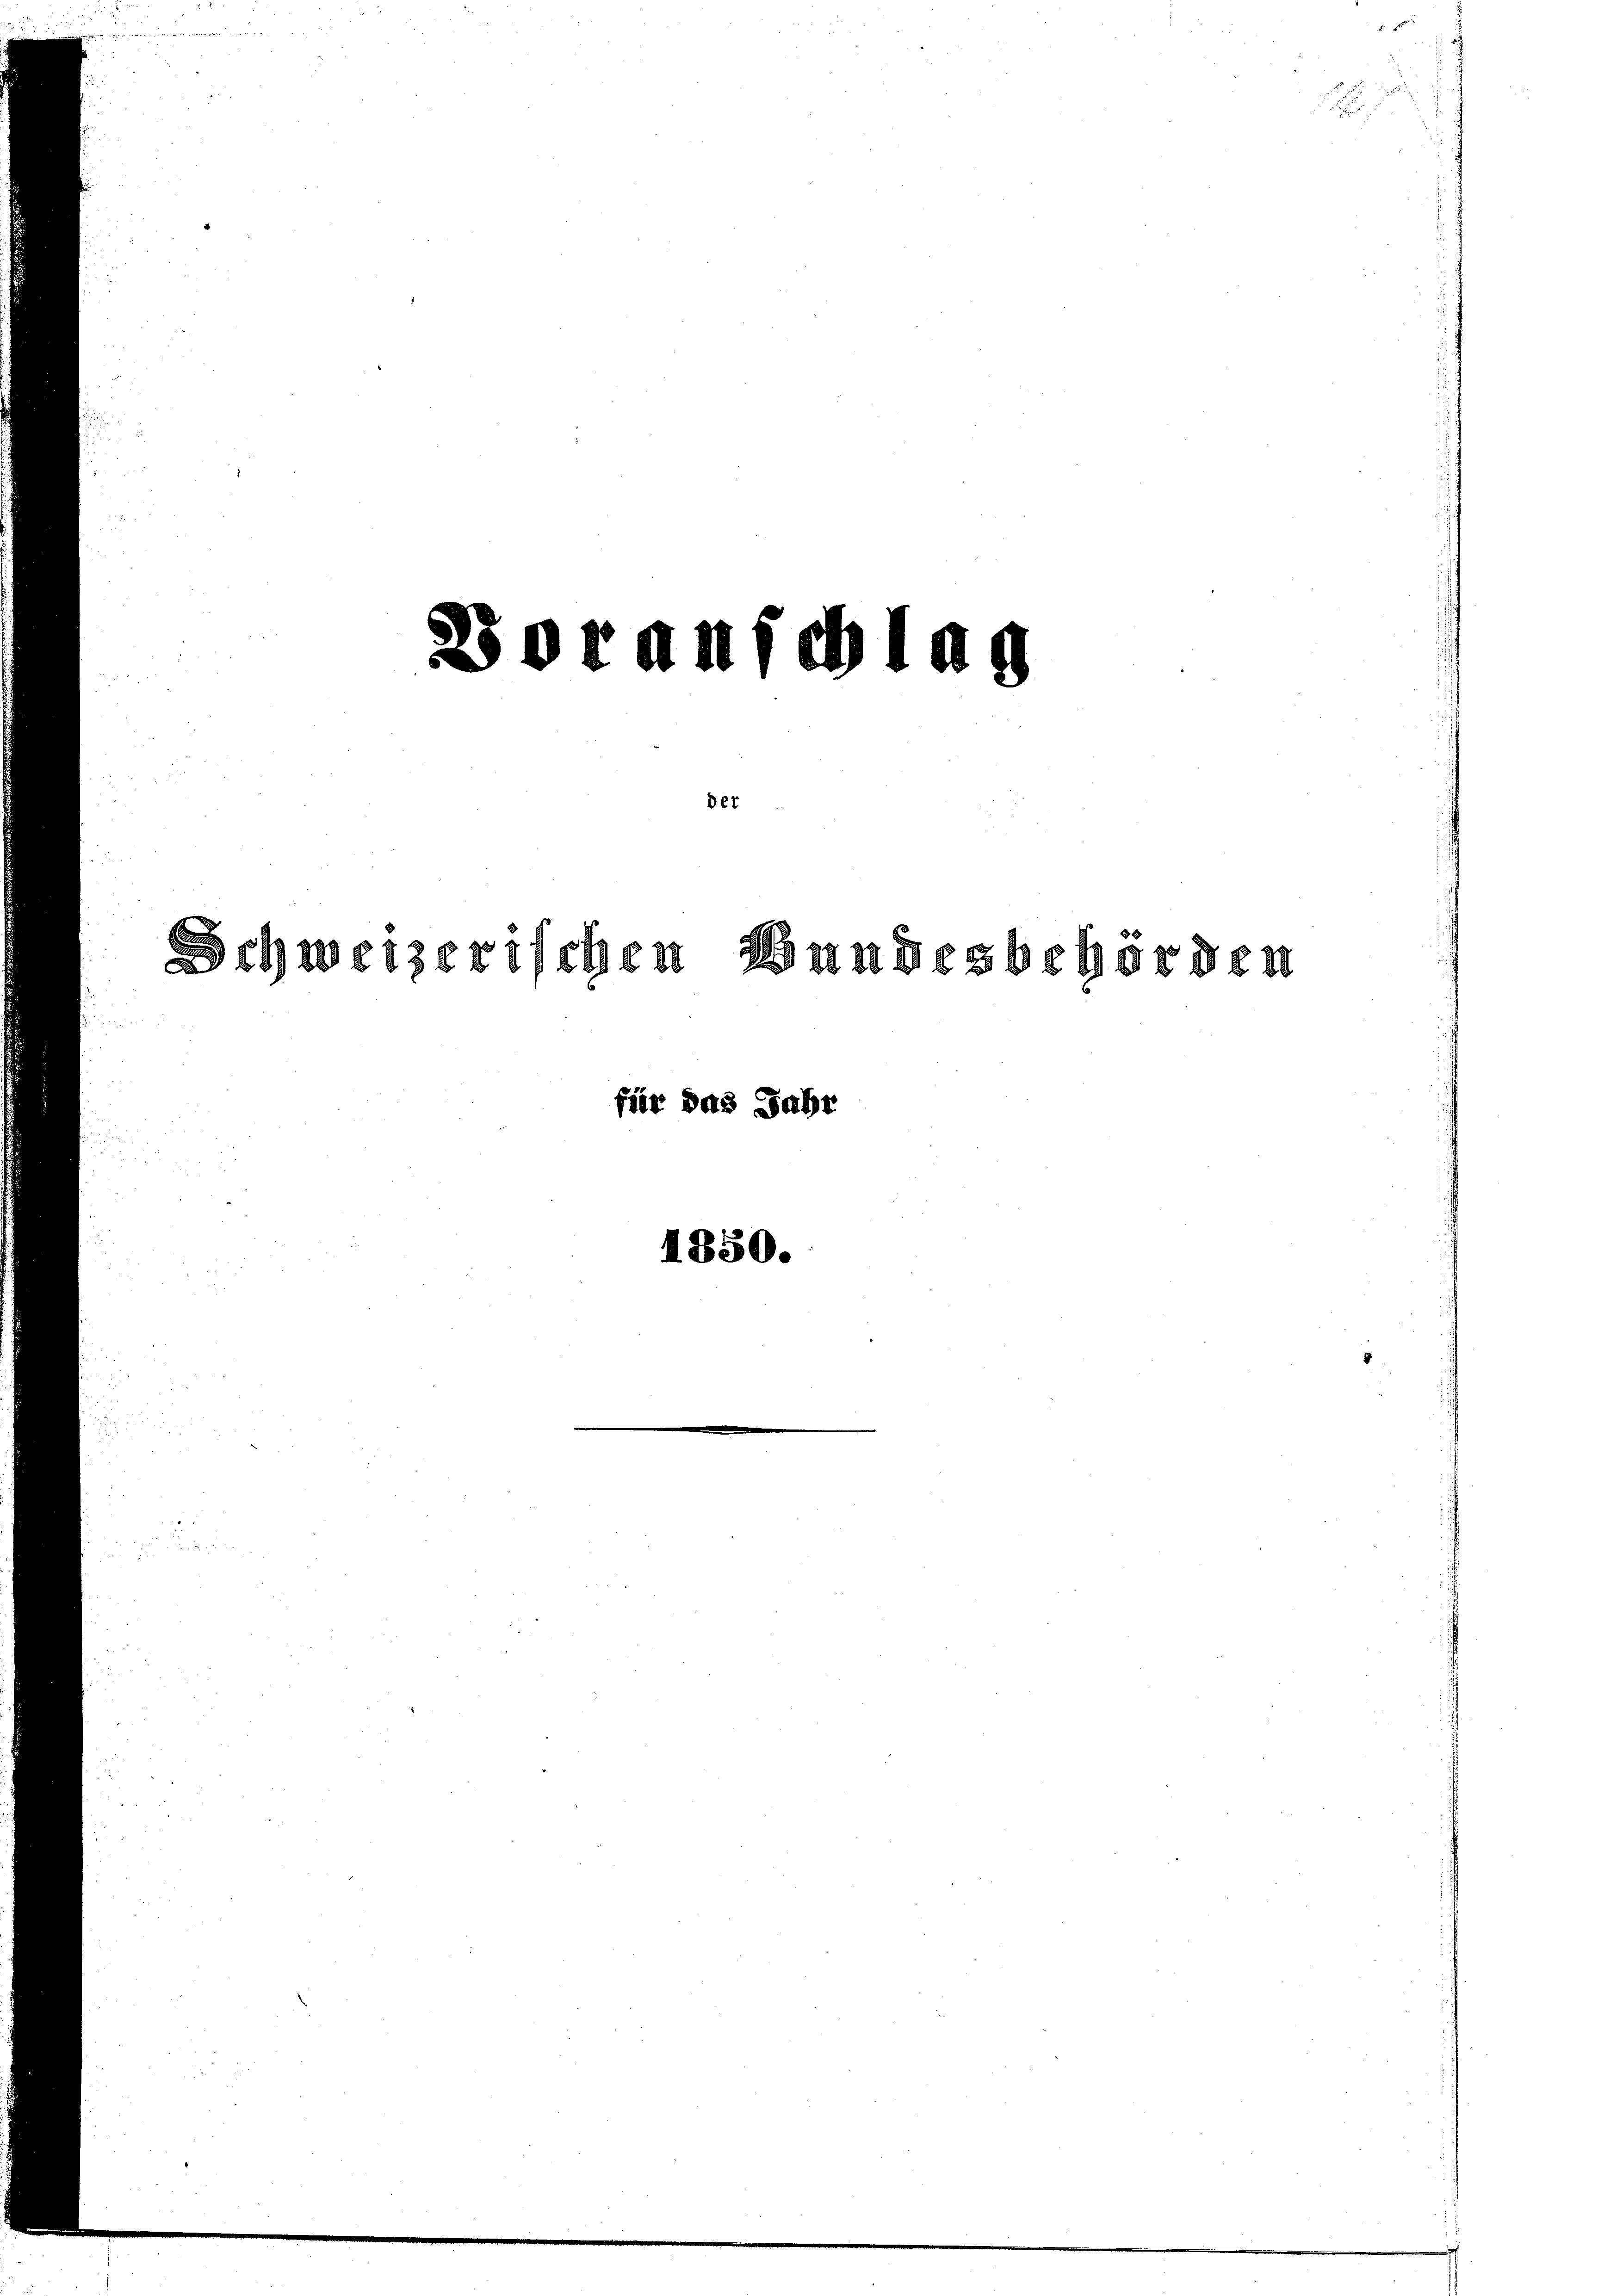
Boranschlag
der
Schweizerischen Handesbehörden
für das Jahr
4850.

.